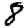
Digit: 8